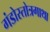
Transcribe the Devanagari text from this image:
गंडोस्तोत्रगाथा